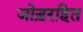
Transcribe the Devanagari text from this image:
जोड़रहित